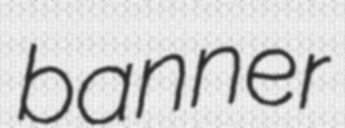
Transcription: banner